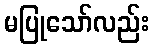
မပြုသော်လည်း